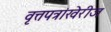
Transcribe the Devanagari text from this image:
वृत्तपत्रांखेरीज